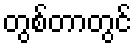
တွစ်တာတွင်